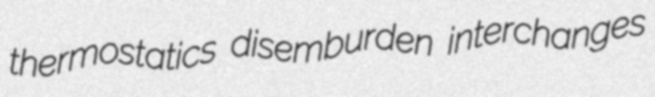
thermostatics disemburden interchanges